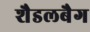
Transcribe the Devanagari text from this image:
शैडलबैग